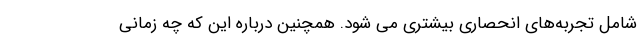
شامل تجربه‌های انحصاری بیشتری می شود. همچنین درباره این که چه زمانی